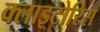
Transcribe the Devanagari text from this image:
क्लाइटोरिस